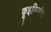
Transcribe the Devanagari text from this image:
कूइफिशंट